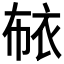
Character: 𰳳